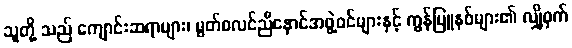
သူတို့ သည် ကျောင်းဆရာများ၊ မွတ်စလင်ညီနောင်အဖွဲ့ဝင်များနှင့် ကွန်မြူနစ်များ၏ လျှို့ဝှက်